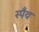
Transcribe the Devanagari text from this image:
स्पँथ